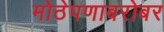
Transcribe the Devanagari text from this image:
मोठेपणाबरोबर